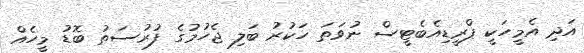
އަދި އެމީހަކީ ޕްރީޑިއެބެޓީސް ނުވަތަ ހަކުރު ބަލި ޖެހުމުގެ ފުރުސަތު ބޮޑު މީހެއް